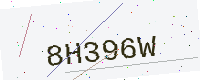
Text: 8H396W